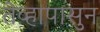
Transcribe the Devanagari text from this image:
तेव्हापासुन